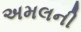
અમલની